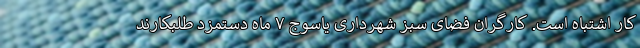
کار اشتباه است. کارگران فضای سبز شهرداری یاسوج ۷ ماه دستمزد طلبکارند